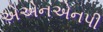
એએનએનપી